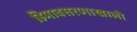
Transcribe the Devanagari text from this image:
हिमावसरणाखाली